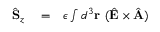
\begin{array} { r l r } { \hat { \bf S } _ { z } } & { { } = } & { \epsilon \int d ^ { 3 } { \bf r } \ ( \hat { \bf E } \times \hat { \bf A } ) } \end{array}